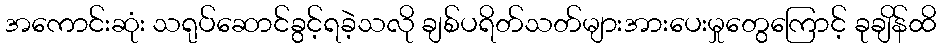
အကောင်းဆုံး သရုပ်ဆောင်ခွင့်ရခဲ့သလို ချစ်ပရိတ်သတ်များအားပေးမှုတွေကြောင့် ခုချိန်ထိ